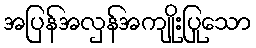
အပြန်အလှန်အကျိုးပြုသော